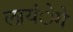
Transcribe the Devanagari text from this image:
लायंेगे